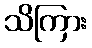
သိကြား